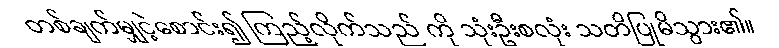
တစ်ချက်မျှငဲ့စောင်း၍ ကြည့်လိုက်သည် ကို သုံးဦးစလုံး သတိပြုမိသွား၏။